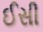
ઈસી